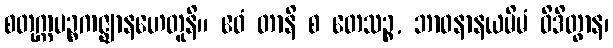
စတုက္ကပဉ္စကဇ္ဈာနဟေတူနိ။ ဧဝံ တာနိ စ တေသဉ္စ, ဘာဝနာနယမိမံ ဝိဒိတွာန၊